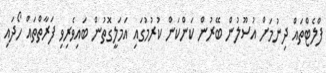
ފްލެޓްތައް ދިނުމަށް އުސޫލުން ބޭރުން ކަންކަން ކުރުމުގައި އަމަލީގޮތުން ބައިވެރިވި ފަރާތްތައް ހޯދައި